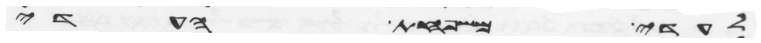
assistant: לעדי משפחת העדי